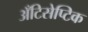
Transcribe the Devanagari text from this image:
अँटिसेप्टिक